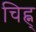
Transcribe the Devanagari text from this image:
चिह्न्